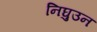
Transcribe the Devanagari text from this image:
निघुउन